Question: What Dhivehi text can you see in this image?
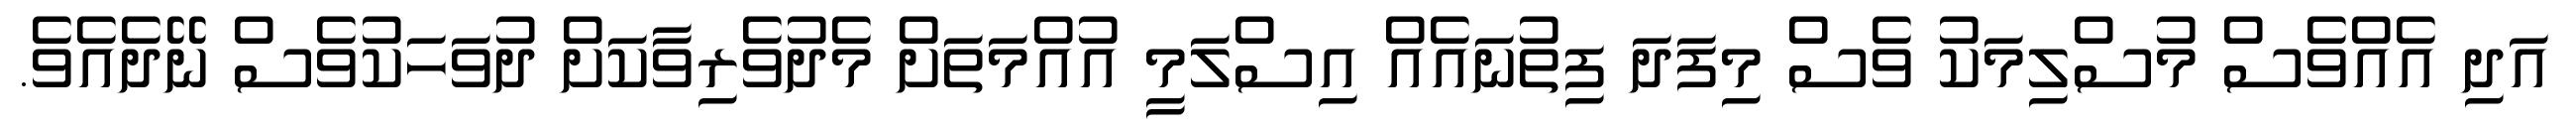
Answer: އަދި އެއްވެސް މުސްލިމަކު ވެސް މިފަދަ ފިތުނައެއް އިސްލަމީ އުއްމަތަށް މެދުވެރިވާކަށް ދުވަހަކުވެސް ނޭދެއެވެ.